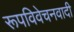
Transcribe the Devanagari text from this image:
रूपविवेचनवादी